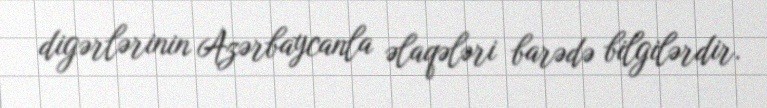
digərlərinin Azərbaycanla əlaqələri barədə bilgilərdir.